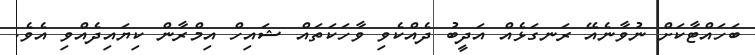
ބަހައްޓާކަށް ނުވާނެއޭ ރަނގަޅެއް އަދީބު ދެއްކެވި ވާހަކަތައް ޝައިހް އިމްރާން ކިޔައިދެއްވި އެވެ.